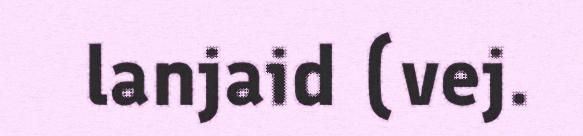
lanjaid (vej.